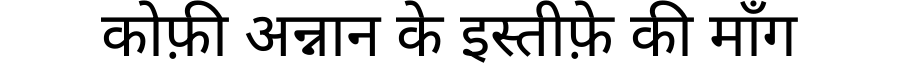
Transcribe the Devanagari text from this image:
कोफ़ी अन्नान के इस्तीफ़े की माँग